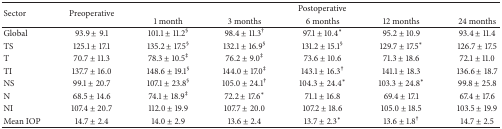
<table><thead><tr><td rowspan="2"><b>Sector</b></td><td rowspan="2"><b>Preoperative</b></td><td colspan="5"><b>Postoperative</b></td></tr><tr><td><b>1 month</b></td><td><b>3 months</b></td><td><b>6 months</b></td><td><b>12 months</b></td><td><b>24 months</b></td></tr></thead><tbody><tr><td>Global</td><td>93.9 ± 9.1</td><td>101.1 ± 11.2<sup>§</sup></td><td>98.4 ± 11.3<sup>†</sup></td><td>97.1 ± 10.4<sup><i>∗</i></sup></td><td>95.2 ± 10.9</td><td>93.4 ± 11.4</td></tr><tr><td>TS</td><td>125.1 ± 17.1</td><td>135.2 ± 17.5<sup>§</sup></td><td>132.1 ± 16.9<sup>§</sup></td><td>131.2 ± 15.1<sup>§</sup></td><td>129.7 ± 17.5<sup><i>∗</i></sup></td><td>126.7 ± 17.5</td></tr><tr><td>T</td><td>70.7 ± 11.3</td><td>78.3 ± 10.5<sup>‡</sup></td><td>76.2 ± 9.0<sup>‡</sup></td><td>73.6 ± 10.6</td><td>71.3 ± 18.6</td><td>72.1 ± 11.0</td></tr><tr><td>TI</td><td>137.7 ± 16.0</td><td>148.6 ± 19.1<sup>§</sup></td><td>144.0 ± 17.0<sup>‡</sup></td><td>143.1 ± 16.3<sup>†</sup></td><td>141.1 ± 18.3</td><td>136.6 ± 18.7</td></tr><tr><td>NS</td><td> 99.1 ± 20.7</td><td>107.1 ± 23.8<sup>§</sup></td><td>105.0 ± 24.1<sup>†</sup></td><td>104.3 ± 24.4<sup><i>∗</i></sup></td><td>103.3 ± 24.8<sup><i>∗</i></sup></td><td>99.8 ± 25.8</td></tr><tr><td>N</td><td>68.5 ± 14.6</td><td>74.1 ± 18.9<sup>‡</sup></td><td>72.2 ± 17.6<sup><i>∗</i></sup></td><td>71.1 ± 16.8</td><td>69.4 ± 17.1</td><td>67.4 ± 17.6</td></tr><tr><td>NI</td><td>107.4 ± 20.7</td><td>112.0 ± 19.9</td><td>107.7 ± 20.0</td><td>107.2 ± 18.6</td><td>105.0 ± 18.5</td><td>103.5 ± 19.9</td></tr><tr><td>Mean IOP</td><td>14.7 ± 2.4</td><td>14.0 ± 2.9</td><td>13.6 ± 2.4 </td><td>13.7 ± 2.3<sup><i>∗</i></sup></td><td>13.6 ± 1.8<sup>†</sup></td><td>14.7 ± 2.5</td></tr></tbody></table>